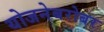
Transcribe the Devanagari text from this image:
योजनेबरोबर